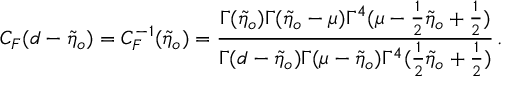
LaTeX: C _ { F } ( d - \tilde { \eta } _ { o } ) = C _ { F } ^ { - 1 } ( \tilde { \eta } _ { o } ) = \frac { \Gamma ( \tilde { \eta } _ { o } ) \Gamma ( \tilde { \eta } _ { o } - \mu ) \Gamma ^ { 4 } ( \mu - \frac { 1 } { 2 } \tilde { \eta } _ { o } + \frac { 1 } { 2 } ) } { \Gamma ( d - \tilde { \eta } _ { o } ) \Gamma ( \mu - \tilde { \eta } _ { o } ) \Gamma ^ { 4 } ( \frac { 1 } { 2 } \tilde { \eta } _ { o } + \frac { 1 } { 2 } ) } \, .